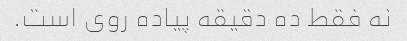
نه فقط ده دقیقه پیاده روی است.